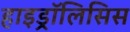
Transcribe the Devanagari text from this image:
हाइड्रॉलिसिस